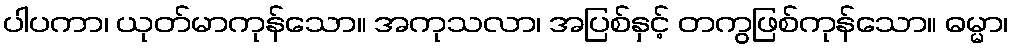
ပါပကာ၊ ယုတ်မာကုန်သော။ အကုသလာ၊ အပြစ်နှင့် တကွဖြစ်ကုန်သော။ ဓမ္မာ၊